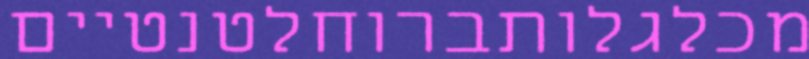
מכלגלותברוחלטנטיים